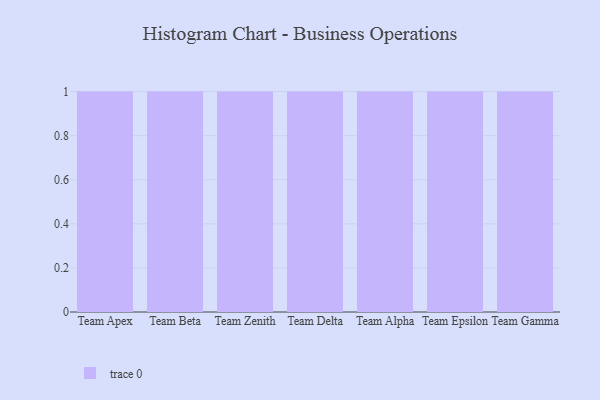
{"axis": {"x": "Team", "y": "Satisfaction Score"}, "legend": [""], "data": [{"x": "Team Apex", "y": 47, "type": ""}, {"x": "Team Beta", "y": 55, "type": ""}, {"x": "Team Zenith", "y": 100, "type": ""}, {"x": "Team Delta", "y": 32, "type": ""}, {"x": "Team Alpha", "y": 69, "type": ""}, {"x": "Team Epsilon", "y": 56, "type": ""}, {"x": "Team Gamma", "y": 28, "type": ""}]}